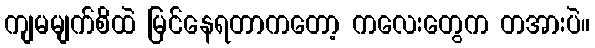
ကျမမျက်စိထဲ မြင်နေရတာကတော့ ကလေးတွေက တအားပဲ။